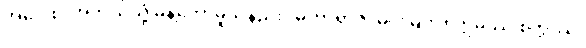
အဝေါစ၊ အဘယ်သို့ မိန့်တော်မူသနည်း။ မဟာရာဇ၊ မင်းမြတ်။ ဣမဿ စက္ကဿ၊